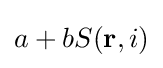
a+bS(\mathbf {r} ,i)